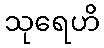
သုရေဟိ